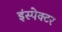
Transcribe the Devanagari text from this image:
इंस्‍पेक्‍टर